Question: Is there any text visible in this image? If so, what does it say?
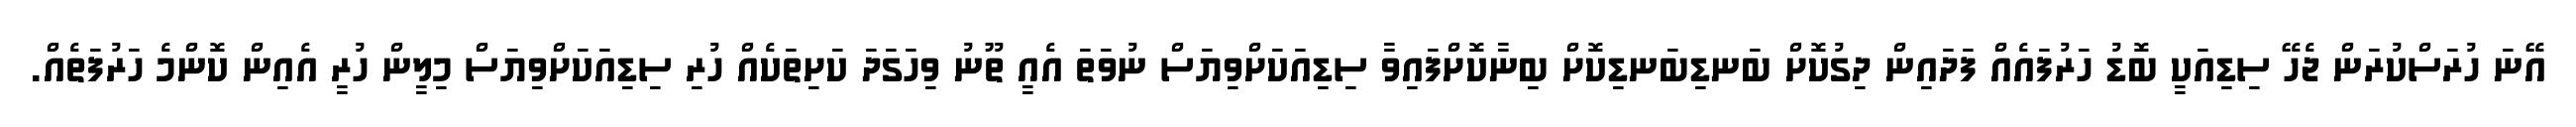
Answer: އޭނަ ހުރަސްކުރަން ޖެހޭ ސިޑިއަކީ ބޮޑު ހަރުފައެއް ފަދައިން ދިގުކޮށް ބަނޑިބަނޑިކޮށް ބިނާކޮށްފައިވާ ސިޑިއަކަށްވިޔަސް ނުވަތަ އެއީ ތޫނު ވިހަގަދަ ކަށިތަކެއް ހުރި ސިޑިއަކަށްވިޔަސް މިލީން ހުރީ އެއިން ކޮންމެ ހަރުފަތެއް.